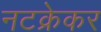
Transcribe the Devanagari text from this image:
नटक्रेकर